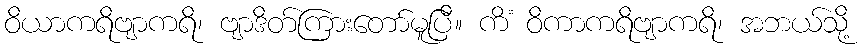
ဝိယာကရိဗျာကရိ၊ ဗျာဒိတ်ကြားတော်မူပြီ။ ကိံ ဝိကာကရိဗျာကရိ၊ အဘယ်သို့